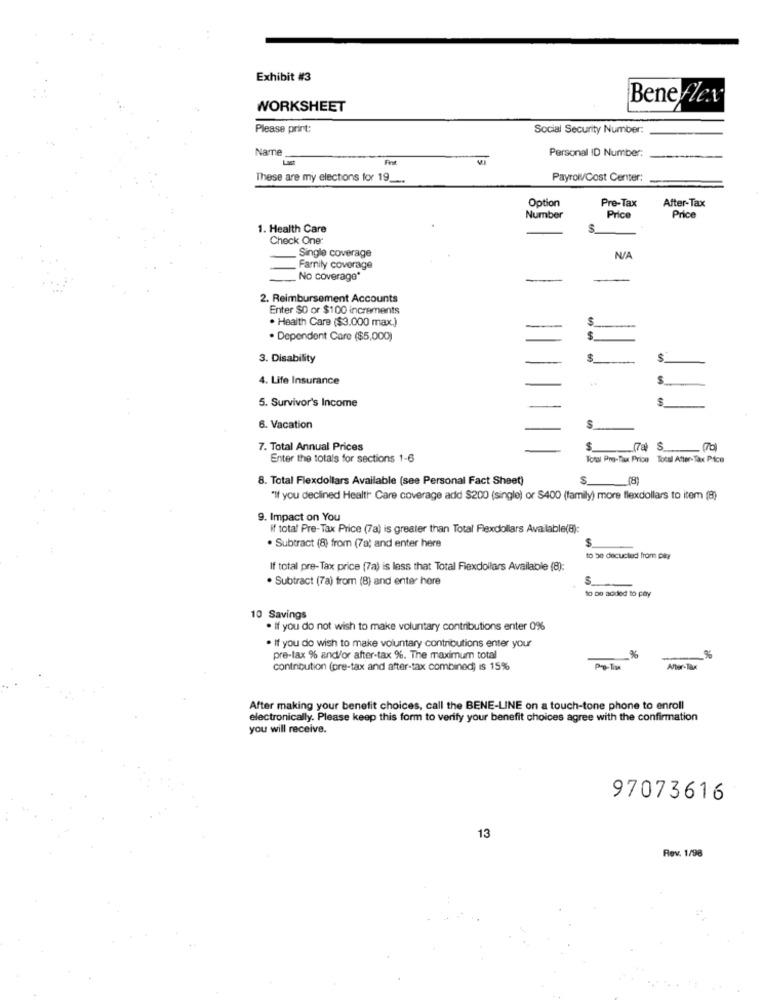
Exhibit #3
WORKSHEET
Bene flex
Please print:
Social Security Number:
Name
Last
Personal ID Number:
These are my elections for 19 _..
Payroll/Cost Center:
Pre-Tax
After-Tax
Option
Number
Price
Price
1. Health Care
S
Check One:
Single coverage
Family coverage
No coverage*
2. Reimbursement Accounts
Enter SO or $100 increments
. Health Care ($3.000 max.)
$
-
· Dependent Care ($5,000)
$
3. Disability
$
4. Life Insurance
$
5. Survivor's Income
6. Vacation
S
7. Total Annual Prices
S
.(74) S_
Enter the totals for sections 1-6
Total Pre-Tax Price Tocal After-Tax Pice
8. Total Flexdollars Available (see Personal Fact Sheet)
(8)
S
"If you declined Health Care coverage add $200 (single) or $400 (family) more flexdollars to item (8)
9. Impact on You
if total Pre-Tax Price (7a) is greater than Total Flexdollars Available(8):
$
. Subtract (8) from (7a; and enter here
to be decucted from pay
If total pre-Tax price (7a) is less that Total Flexdollars Available (8):
. Subtract (78) from (8) and enter here
S
to Do added to pay
10 Savings
. If you do not wish to make voluntary contributions enter 0%
. If you do wish to make voluntary contributions enter your
pre-tax % and/or after-tax %. The maximum total
%
contribution (pre-tax and after-tax combined) is 15%
Pro-Tox
After-Tax
After making your benefit choices, call the BENE-LINE on a touch-tone phone to enroll
electronically. Please keep this form to verify your benefit choices agree with the confirmation
you will receive.
97073616
13
Rev. 1/98